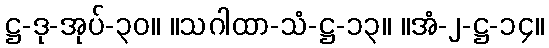
ဋ္ဌ-ဒု-အုပ်-၃၀။ ။သဂါထာ-သံ-ဋ္ဌ-၁၃။ ။အံ-၂-ဋ္ဌ-၁၄။